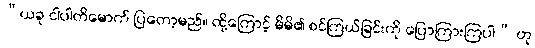
“ယခု ငါပါတိမောက် ပြတော့မည်။ ထို့ကြောင့် မိမိ၏ စင်ကြယ်ခြင်းကို ပြောကြားကြပါ” ဟု